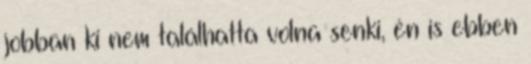
jobban ki nem találhatta volna senki, én is ebben